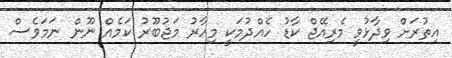
އިތުރަށް ވިދާޅުވީ މެރިއޭޖް ކާޑު ހެއްދުމަކީ މިހާރު މަޖުބޫރު ކަމެއް ނޫން ނަމަވެސް